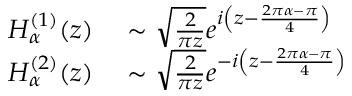
\begin{array} { r l } { H _ { \alpha } ^ { ( 1 ) } ( z ) } & { { } \sim { \sqrt { \frac { 2 } { \pi z } } } e ^ { i \left( z - { \frac { 2 \pi \alpha - \pi } { 4 } } \right) } } \\ { H _ { \alpha } ^ { ( 2 ) } ( z ) } & { { } \sim { \sqrt { \frac { 2 } { \pi z } } } e ^ { - i \left( z - { \frac { 2 \pi \alpha - \pi } { 4 } } \right) } } \end{array}